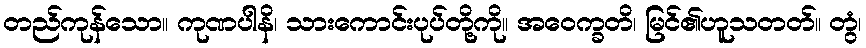
တည်ကုန်သော။ ကုဏပါနိ၊ သားကောင်းပုပ်တို့ကို။ အဝေက္ခတိ၊ မြင်၏ဟူသတတ်။ တွံ၊